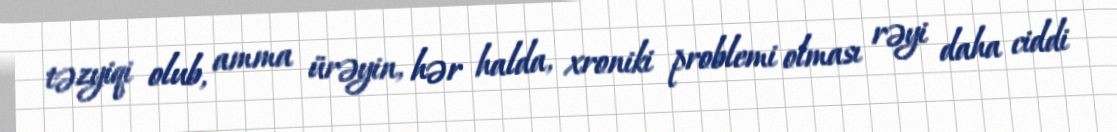
təzyiqi olub, amma ürəyin, hər halda, xroniki problemi olması rəyi daha ciddi